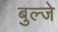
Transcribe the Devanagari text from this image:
बुल्जे